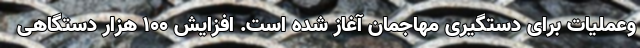
وعملیات برای دستگیری مهاجمان آغاز شده است. افزایش ۱۰۰ هزار دستگاهی